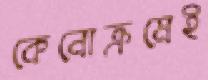
কেনোক্রমেই